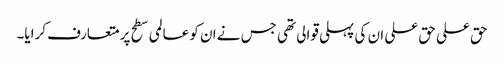
حق علی حق علی ان کی پہلی قوالی تھی جس نے ان کو عالمی سطح پر متعارف کرایا۔